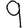
Digit: 9